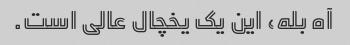
آه بله، این یک یخچال عالی است.